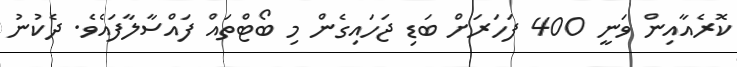
ކޮރެއާއިން ވަނީ 400 ފަހަރަށް ބަޑި ޖަހައިގެން މި ބޯޓްތައް ފައްސާލާފައެވެ. ދެކުނު